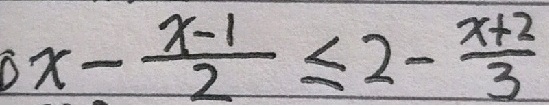
x - \frac { x - 1 } { 2 } \leq 2 - \frac { x + 2 } { 3 }